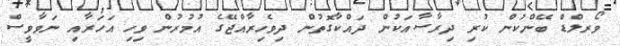
ވޯރލްޑް ބޭންކުން ކުރި ދިރާސާއަކުން ދައްކާގޮތުން ދިވެހިރާއްޖޭގެ އުމުރުން ވިހި އަހަރާއި ނަވާވީސް